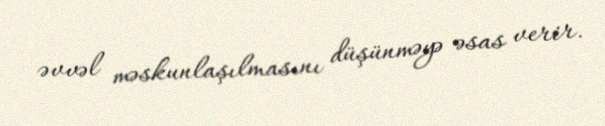
əvvəl məskunlaşılmasını düşünməyə əsas verir.